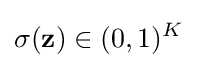
\sigma (\mathbf {z} )\in (0,1)^{K}